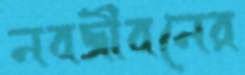
নবজীবনের